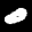
Label: 0